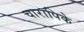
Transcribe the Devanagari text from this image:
चारापिके